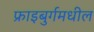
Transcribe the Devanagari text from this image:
फ्राइबुर्गमधील